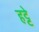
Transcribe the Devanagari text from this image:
हट्टे